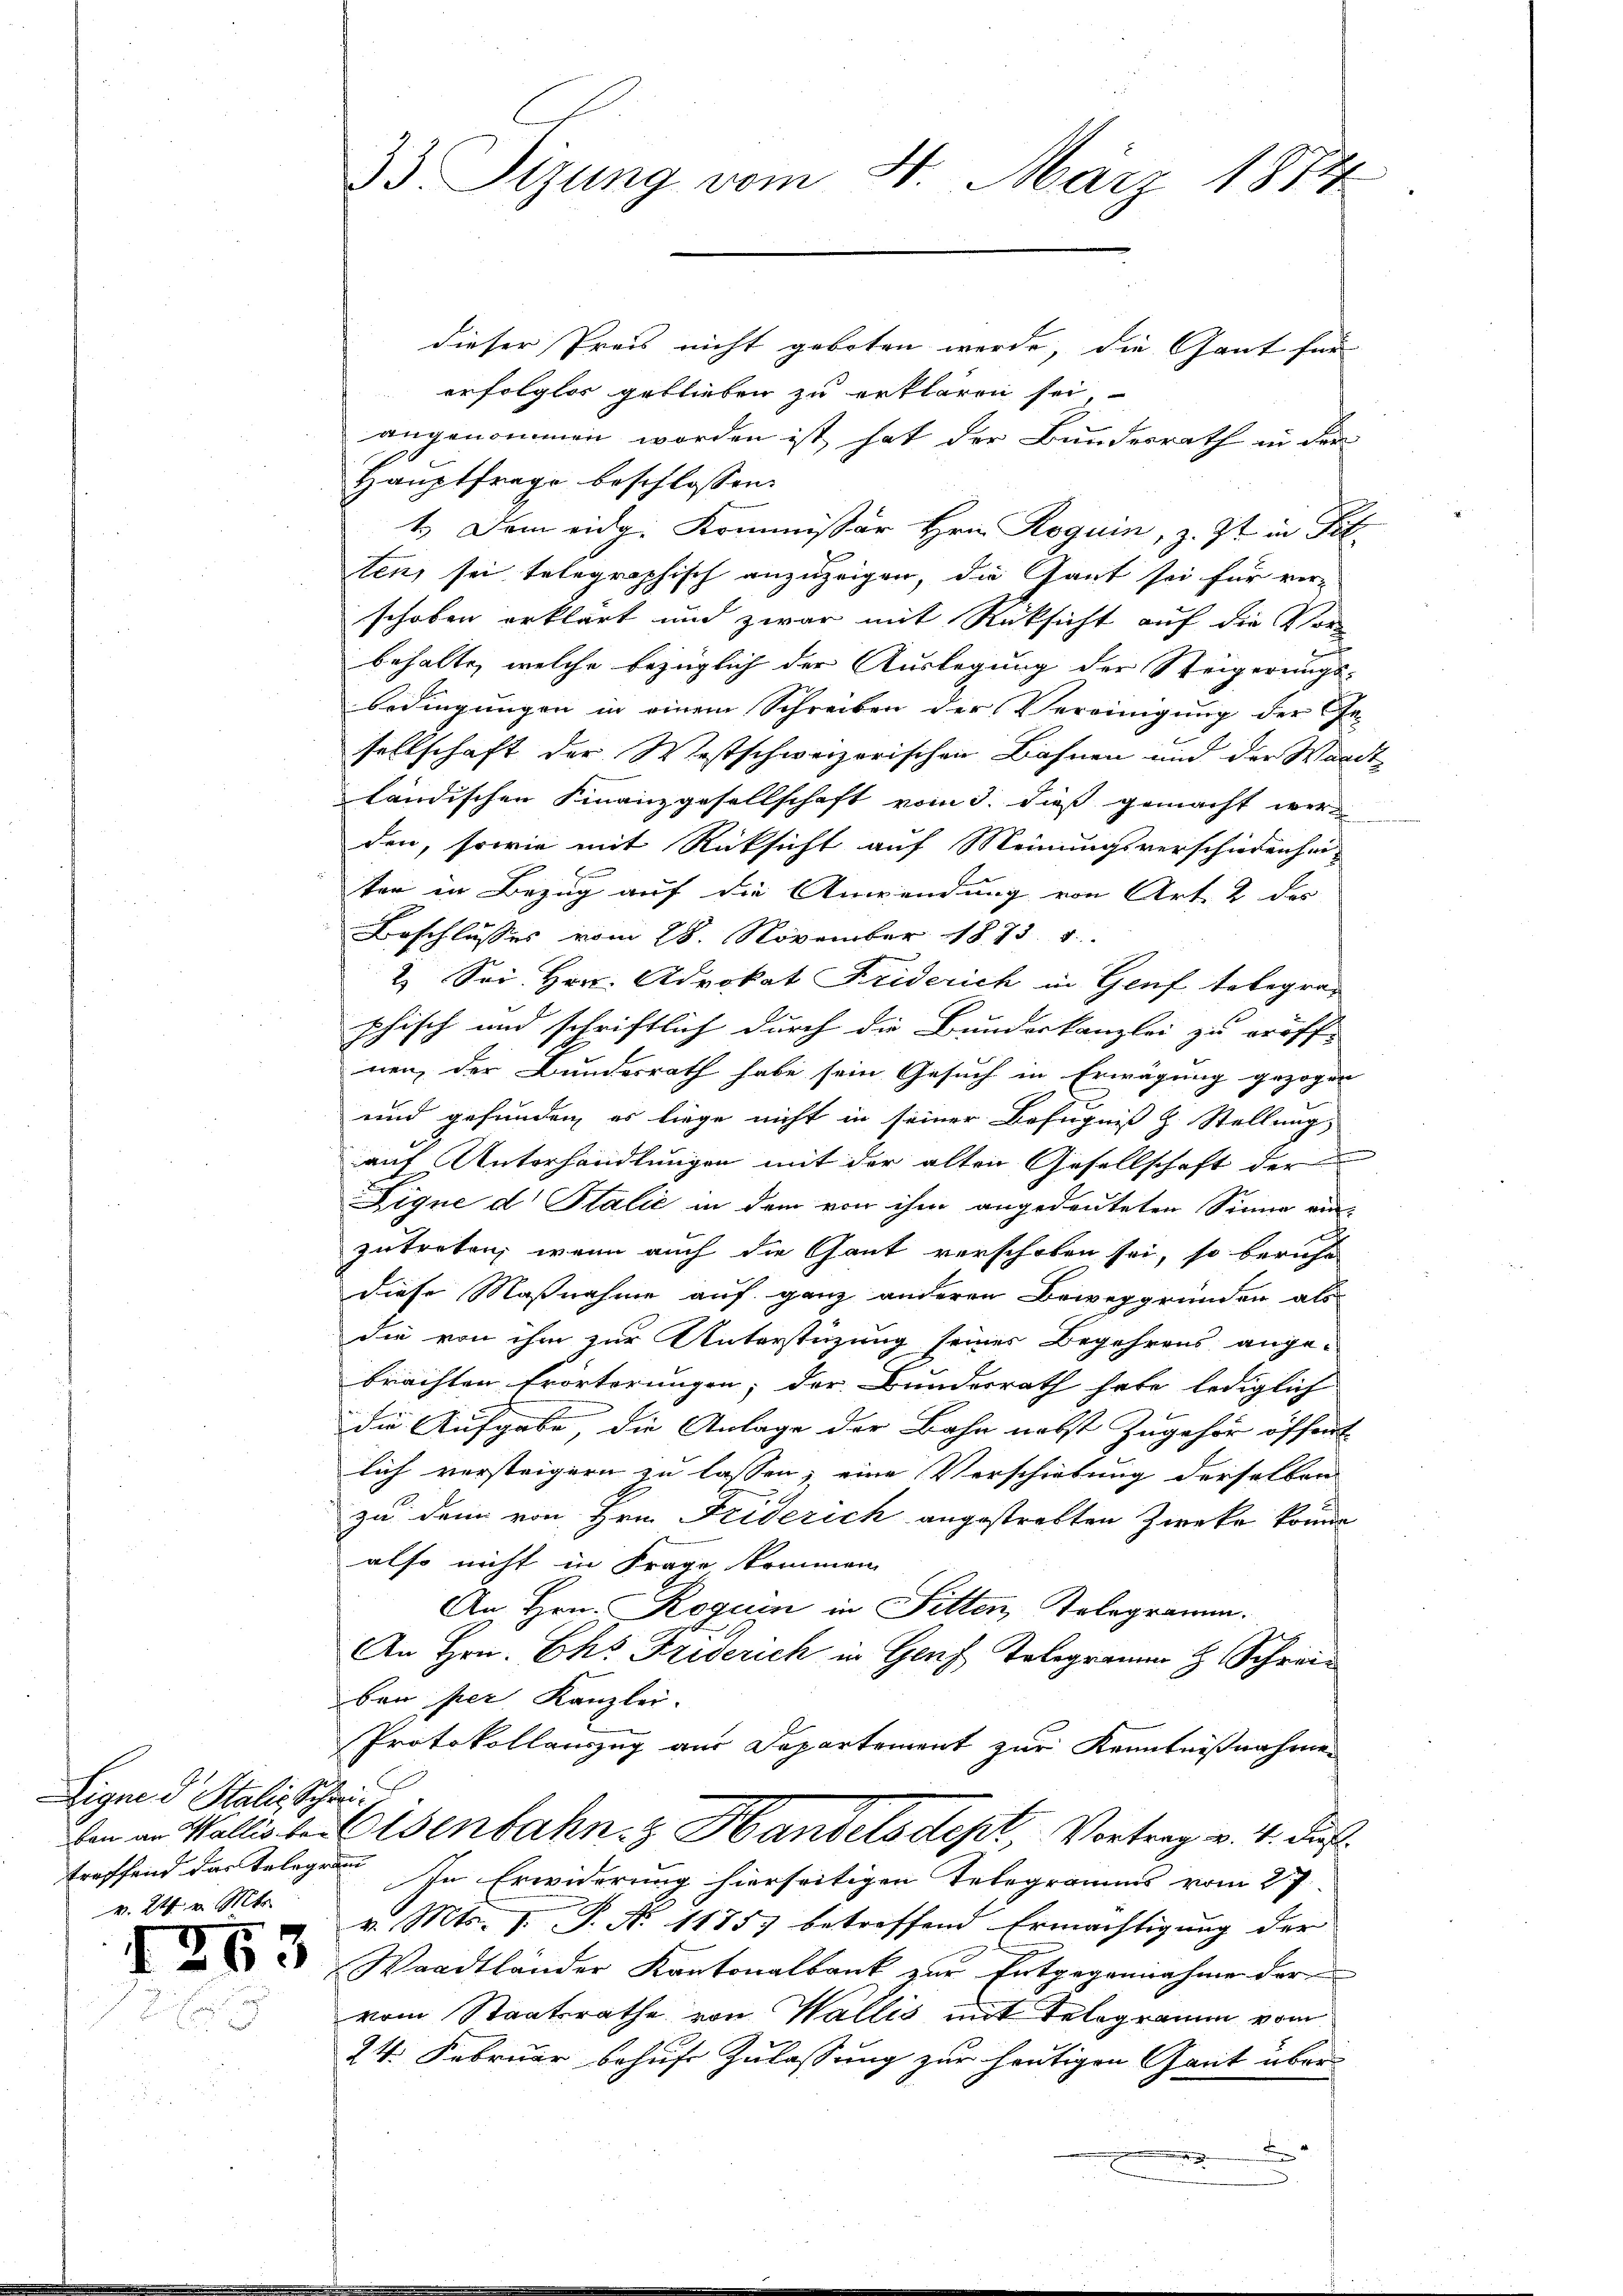
Eigne d. Stalis Schreitreffend der Telegram
v. 24. v. Mts.

e

33 Sizung vom 2. März 1874

dieser Preis nicht geboten werde, die Gant für
erfolglos geblieben zu erklären sei,
angenommen worden ist hat der Bundesrath in der
Hauptfrage beschlossen:
1. Dem eidg. Kommissär Hrn. Roguin, z. Zt. in Tit.
ten, sei telegraphisch anzuzeigen, die Gant sei für ver-
schoben erklärt und zwar mit Rücksicht auf die Ver-
behalte, welche bezüglich der Auslegung der Steigerungs-
bedingungen in einem Schreiben der Vereinigung der Ge-
sellschaft der Westschweizerischen Bahnen und der Waadt-
ländischen Finanzgesellschaft vom 3. dieß gemacht werd
den, sowie mit Rücksicht auf Meinungsverschiedenhei
ten in Bezug auf die Anwendung von Art. 2 des
Beschlusses vom 28. November 1873. 4.
2. Sei Hrn. Advokat Friderich in Genf telegran
phisch und schriftlich durch die Bundeskanzlei zu eröff-
nen, der Bundesrath habe sein Gesuch in Erwägung gezogen
und gefunden, es liege nicht in seiner Befugniß z. Stellung,
auf Unterhandlungen mit der alten Gesellschaft der
Eigne d. Stalić in dem von ihm angedeuteten Sinne ein-
zutreten, wenn auch die Gant verschoben sei, so beruhe
diese Maßnahme auf ganz anderen Beweggründen als
die von ihm zur Unterstüzung seines Begehrens ange-
brachten Erörterungen; der Bundesrath habe lediglich
die Aufgabe, die Anlage der Bahn nebst Zugehör öffent
lich versteigern zu lassen, eine Verschiebung derselben
zu denn von Hrn. Friderich angestrebten Zwecke könne
also nicht in Frage kommen.
An Hrn. Roguin in Fitten, Kolegramm.
An Hrn. Chs Friserich in Genf Telegramm H. Schreiban per Kanzlei.
Protokollauszug aus Departement zur Kenntnißnahmen
den an Wallis bei Eisenbahn & Handelsdept, Vortrag v. 4. Fuß.
In Erwiderung hierseitigen Telegramms vom 27.
v. Mts. 1. P. N. 11857 betreffend Ermächtigung der
 Waadtländer Kantonalbank zur Entgegennahme der
vom Staatsrathe von Wallis mit Telegramm vom
24. Februar behufe Zulassung zur heutigen Gant über